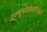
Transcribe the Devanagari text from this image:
एल्यूमोनोसटीकेट